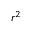
r ^ { 2 }